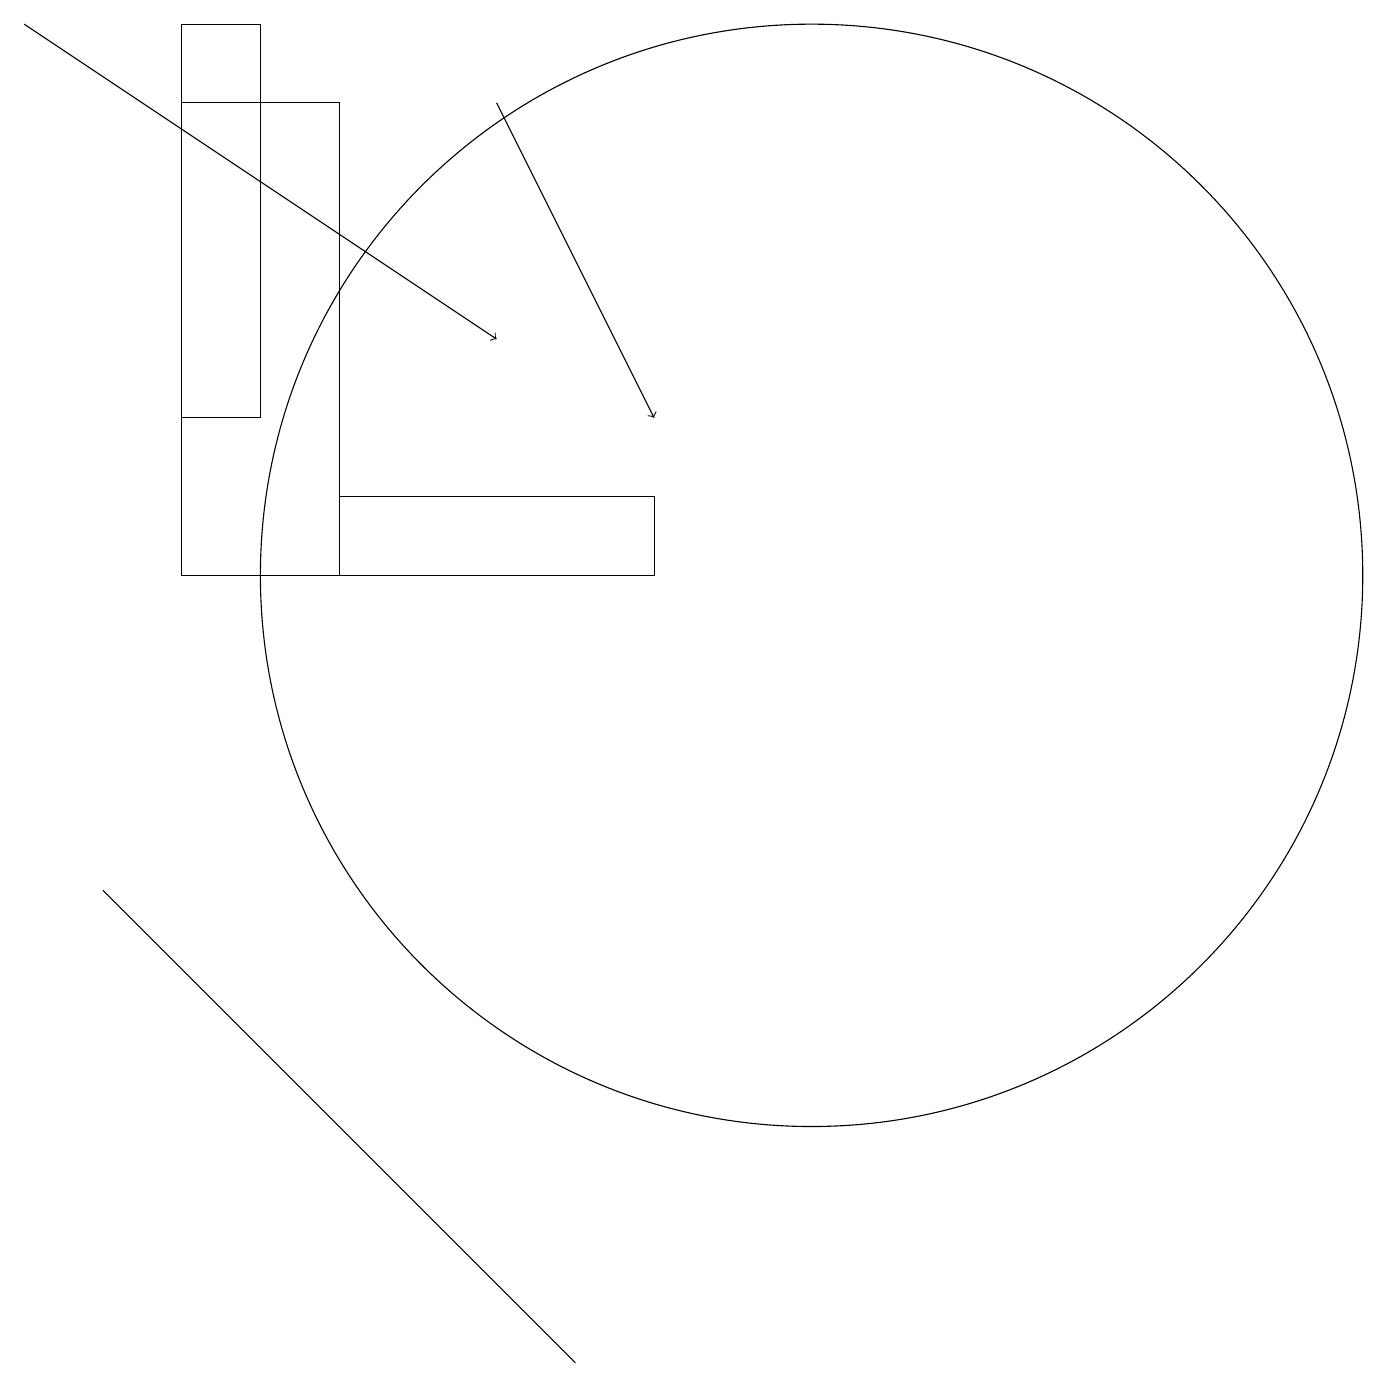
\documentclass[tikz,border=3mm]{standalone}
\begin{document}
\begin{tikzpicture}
\draw[->] (6,17) -- (8,13);
\draw (4,12) rectangle (8,11);
\draw (4,17) rectangle (2,11);
\draw (10,11) circle (7);
\draw (1,7) -- (7,1) -- (3,5) -- cycle;
\draw[->] (0,18) -- (6,14);
\draw (2,18) rectangle (3,13);
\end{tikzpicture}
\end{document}